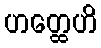
ဟတ္ထေဟိ